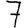
Digit: 7